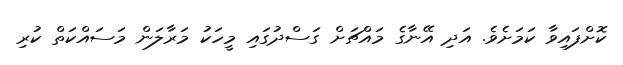
ކޮށްފައިވާ ކަމަށެވެ. އަދި އޭނާގެ މައްޗަށް ގަސްދުގައި މީހަކު މަރާލަން މަސައްކަތް ކުރި